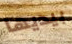
بيديها